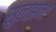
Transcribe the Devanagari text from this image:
सुलझना